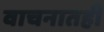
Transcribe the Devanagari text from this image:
वाचनातही